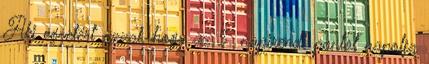
Aki egyetért azzal, hogy az 5. napirendi pontot napolja